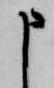
申